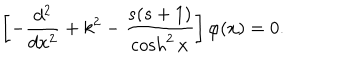
LaTeX: \left[ - \frac { d ^ { 2 } } { d x ^ { 2 } } + k ^ { 2 } - \frac { s ( s + 1 ) } { \cosh ^ { 2 } x } \right] \varphi ( x ) = 0 .